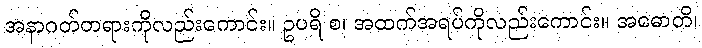
အနာဂတ်တရားကိုလည်းကောင်း။ ဥပရိ စ၊ အထက်အရပ်ကိုလည်းကောင်း။ အဓောတိ၊